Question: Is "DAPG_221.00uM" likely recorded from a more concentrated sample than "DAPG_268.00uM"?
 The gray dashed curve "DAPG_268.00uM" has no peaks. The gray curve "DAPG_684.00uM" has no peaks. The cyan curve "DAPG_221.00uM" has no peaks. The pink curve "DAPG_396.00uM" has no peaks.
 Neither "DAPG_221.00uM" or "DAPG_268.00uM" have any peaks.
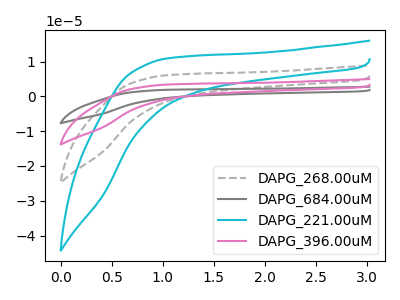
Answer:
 <answer>I cant tell if "DAPG_221.00uM" or "DAPG_268.00uM" has more signal.</answer>
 <eval>mixed_signal</eval>